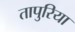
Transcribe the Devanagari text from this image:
तापुरिया